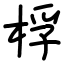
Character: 桴